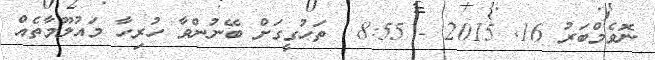
ނޮވެމްބަރު 16